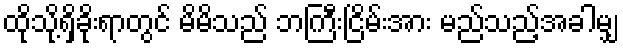
ထိုသို့ရှိခိုးရာတွင် မိမိသည် ဘကြီးငြိမ်းအား မည်သည့်အခါမျှ